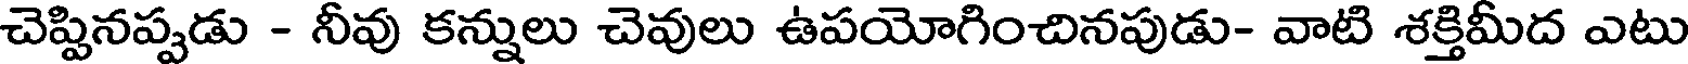
చెప్పినప్పడు - నీవు కన్నులు చెవులు ఉపయోగించినపుడు- వాటి శక్తిమీద ఎటు